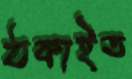
ঠকাইত